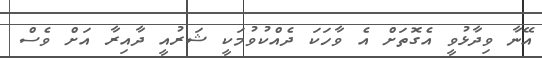
އޭނާ ވިދާޅުވީ އެގޮތަށް އެ ވާހަކަ ދެއްކުވުމަކީ ޝަރުއީ ދާއިރާ އަށް ވެސް